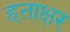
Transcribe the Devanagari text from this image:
हताक्षर